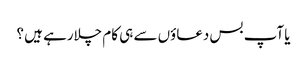
یا آپ بس دعاؤں سے ہی کام چلارہے ہیں ؟